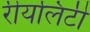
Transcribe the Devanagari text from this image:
रीयलिटी